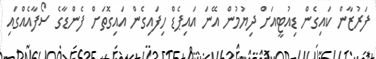
ފަރުޒާން ކައިގެން ޑިއުޓީއަށް ދިޔުމުން އޭނަ އައިޕެޑް ހިފައިގެން އައިގޮތަށް ފެންޑާގެ ސޯފާއެއްގައި